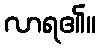
လာရ၏။